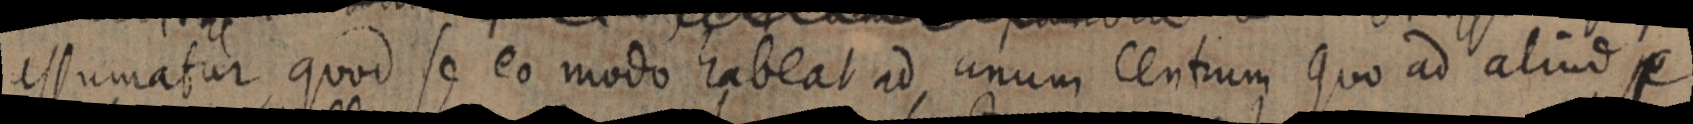
assumatur, quod se eo modo habeat ad unum centrum quo ad aliud se